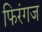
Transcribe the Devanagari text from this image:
फिरंगज